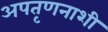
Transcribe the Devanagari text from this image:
अपतृणनाशी